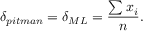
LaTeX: \delta _ { p i t m a n } = \delta _ { M L } = { \frac { \sum { x _ { i } } } { n } } .